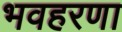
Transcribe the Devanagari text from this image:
भवहरणा